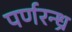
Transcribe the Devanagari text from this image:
पर्णरन्ध्र